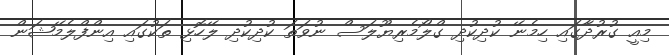
މިއީ ގުރުދާގައި ހިމެނޭ ކުދިކުދި ގްލޯމެރިޔޫލަސް ނުވަތަ ކުދިކުދި ލޭހޮޅި ތަކުގައި އިންފްލެމޭޝަން